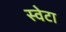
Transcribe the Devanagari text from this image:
स्वेटा